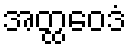
အတ္ထဝေဒံ